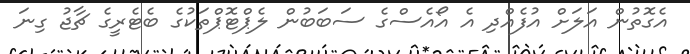
އެގޮތުން އަލަށް އުފެއްދި އެ އޯއެސްގެ ސަބަބުން ލެޕްޓޮޕްތަކުގެ ބެޓެރީގެ ޗާޖު ގިނަ